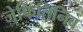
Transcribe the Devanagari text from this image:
जेफितिनिब